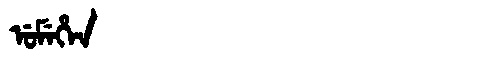
Manchu: ᡠᠮᡝᡥᡝᠨ
Romanization: UMEHEN